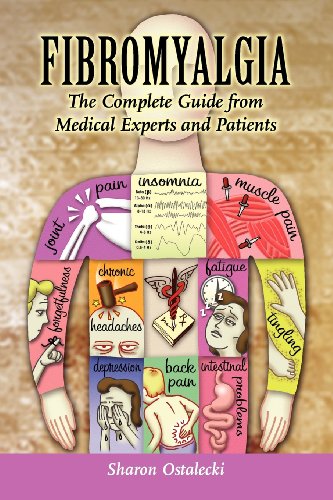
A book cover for Fibromyalgia: The Complete Guide From Medical Experts And Patients; Sharon Ostalecki; Health, Fitness & Dieting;